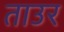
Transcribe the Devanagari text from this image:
ताउर